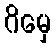
ဂိမှေ